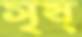
সৃষ্